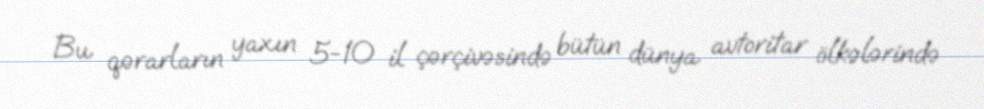
Bu qərarların yaxın 5-10 il çərçivəsində bütün dünya avtoritar ölkələrində